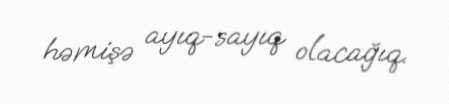
həmişə ayıq-sayıq olacağıq.